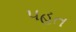
પહત